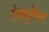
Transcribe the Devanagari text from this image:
टेक्युबिन